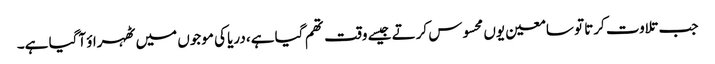
جب تلاوت کرتا تو سامعین یوں محسوس کرتے جیسے وقت تھم گیا ہے، دریا کی موجوں میں ٹھہراؤ آگیا ہے۔